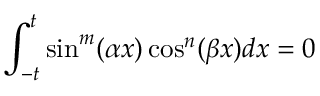
\int _ { - t } ^ { t } \sin ^ { m } ( \alpha x ) \cos ^ { n } ( \beta x ) d x = 0